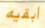
أبقيه